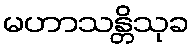
မဟာသန္တိသုခ